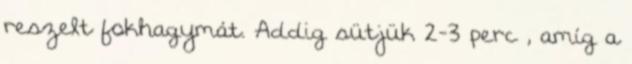
reszelt fokhagymát. Addig sütjük 2-3 perc , amíg a